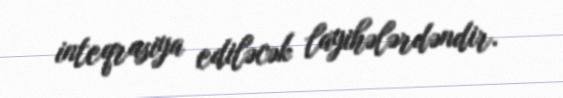
inteqrasiya ediləcək layihələrdəndir.